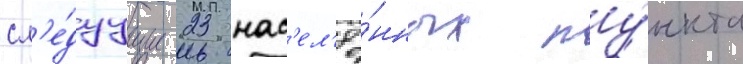
сл'е́дуущие 23 нас'ел'ё́нных пу́нкта